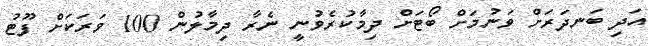
އަދި ބަނދަރަށް ވަނުމަށް ބޯޓަށް ދިމާކުރެވުނީ ނެރާ ދިމާލުން 100 ވަރަކަށް ފޫޓު